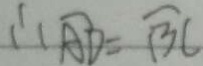
\therefore \widehat { A D } = \widehat { B C }